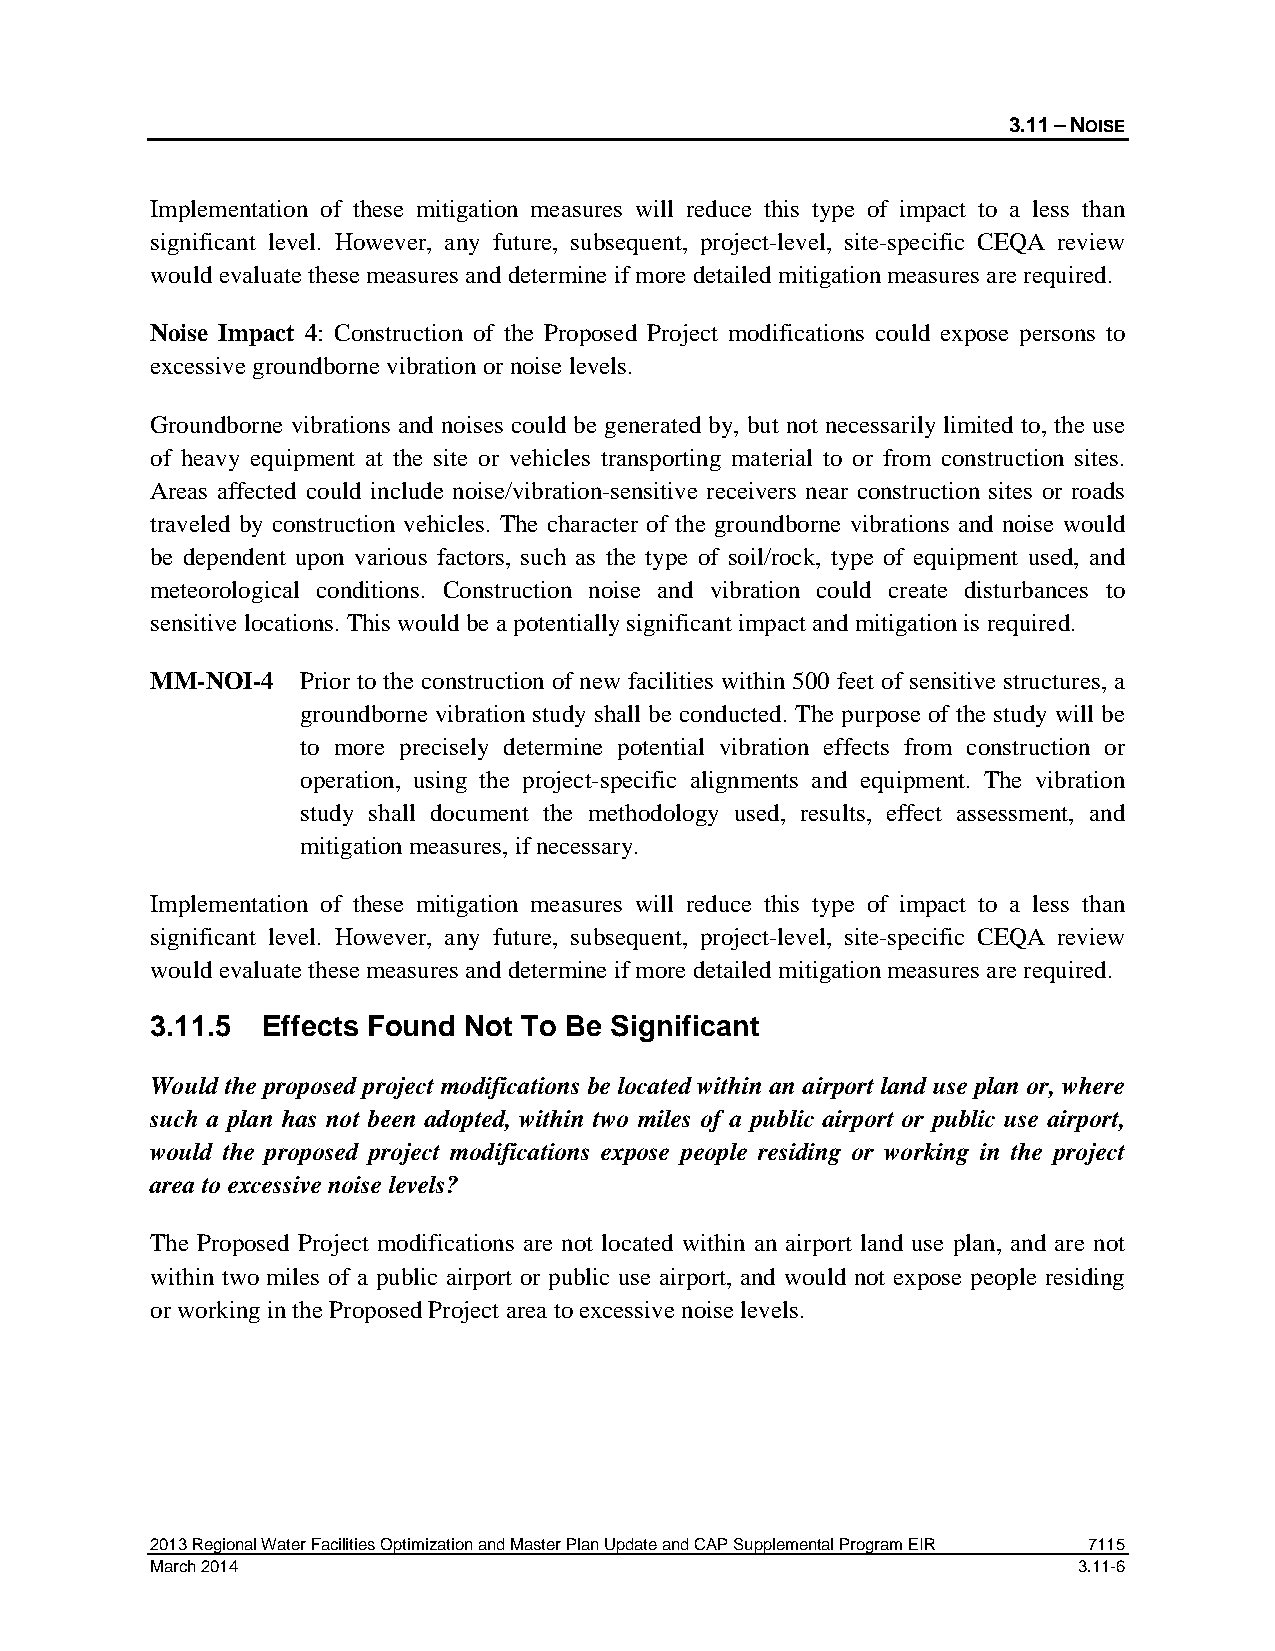
3.11 – NOISE
 Implementation of these mitigation measures will reduce this type of impact to a less than
 significant level. However, any future, subsequent, project-level, site-specific CEQA review
 would evaluate these measures and determine if more detailed mitigation measures are required.
 Noise Impact 4: Construction of the Proposed Project modifications could expose persons to
 excessive groundborne vibration or noise levels.
 Groundborne vibrations and noises could be generated by, but not necessarily limited to, the use
 of heavy equipment at the site or vehicles transporting material to or from construction sites.
 Areas affected could include noise/vibration-sensitive receivers near construction sites or roads
 traveled by construction vehicles. The character of the groundborne vibrations and noise would
 be dependent upon various factors, such as the type of soil/rock, type of equipment used, and
 meteorological conditions. Construction noise and vibration could create disturbances to
 sensitive locations. This would be a potentially significant impact and mitigation is required.
 MM-NOI-4  Prior to the construction of new facilities within 500 feet of sensitive structures, a
 groundborne vibration study shall be conducted. The purpose of the study will be
 to more precisely determine potential vibration effects from construction or
 operation, using the project-specific alignments and equipment. The vibration
 study shall document the methodology used, results, effect assessment, and
 mitigation measures, if necessary.
 Implementation of these mitigation measures will reduce this type of impact to a less than
 significant level. However, any future, subsequent, project-level, site-specific CEQA review
 would evaluate these measures and determine if more detailed mitigation measures are required.
 3.11.5 Effects Found Not To Be Significant
 Would the proposed project modifications be located within an airport land use plan or, where
 such a plan has not been adopted, within two miles of a public airport or public use airport,
 would the proposed project modifications expose people residing or working in the project
 area to excessive noise levels?
 The Proposed Project modifications are not located within an airport land use plan, and are not
 within two miles of a public airport or public use airport, and would not expose people residing
 or working in the Proposed Project area to excessive noise levels.
 2013 Regional Water Facilities Optimization and Master Plan Update and CAP Supplemental Program EIR 7115
 March 2014                                                   3.11-6